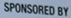
SPONSORED BY